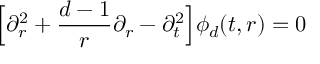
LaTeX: \Big [ \partial _ { r } ^ { 2 } + \frac { d - 1 } { r } \partial _ { r } - \partial _ { t } ^ { 2 } \Big ] \phi _ { d } ( t , r ) = 0